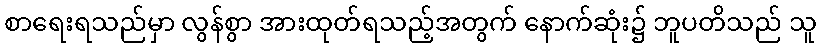
စာရေးရသည်မှာ လွန်စွာ အားထုတ်ရသည့်အတွက် နောက်ဆုံး၌ ဘူပတိသည် သူ